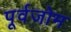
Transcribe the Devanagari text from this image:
पूर्वजोम